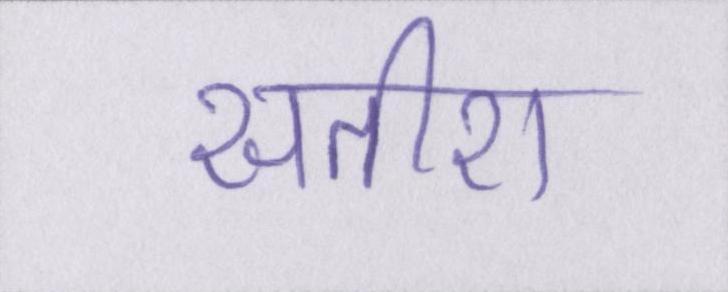
सतीश